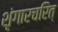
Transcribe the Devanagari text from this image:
शृंगारचरित्